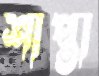
শাপ্তা